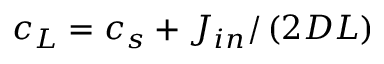
c _ { L } = c _ { s } + J _ { i n } / \left( 2 D L \right)